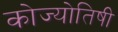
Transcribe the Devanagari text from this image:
कोज्योतिषी